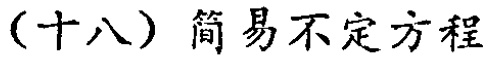
（十八）简易不定方程